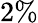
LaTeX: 2\%